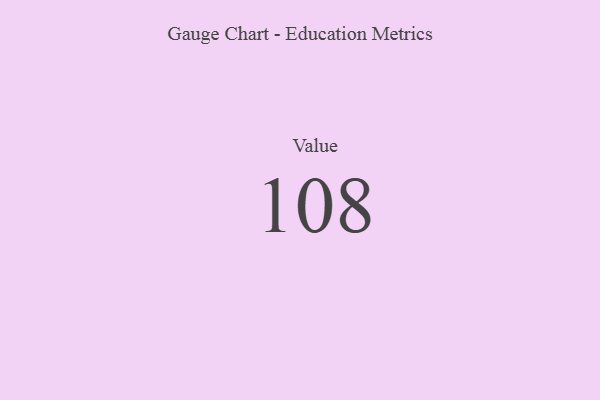
{"axis": {"x": "Metric", "y": "Value"}, "legend": [""], "data": [{"x": "Value", "y": 108, "type": ""}]}